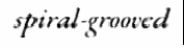
spiral-grooved